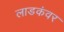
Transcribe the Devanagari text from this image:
लाडकंवर